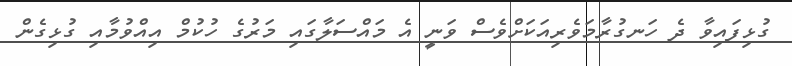
ގުޅިފައިވާ ދެ ހަނގުރާމަވެރިއަކަށްވެސް ވަނީ އެ މައްސަލާގައި މަރުގެ ހުކުމް އިއްވުމާއި ގުޅިގެން